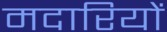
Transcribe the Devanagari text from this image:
मदारियों